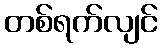
တစ်ရက်လျင်